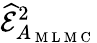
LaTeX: \widehat{\mathcal{E}}_{A_{\mathrm{~M~L~M~C~}}}^{2}